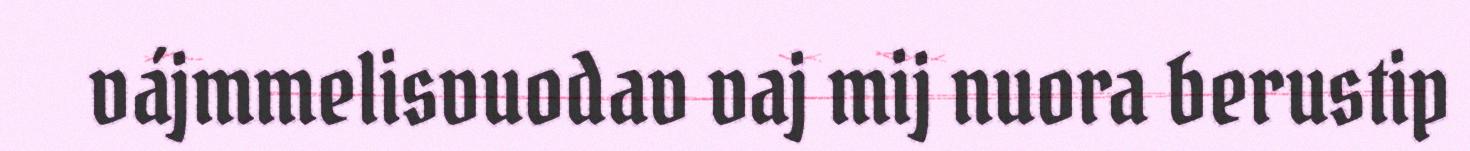
vájmmelisvuodav vaj mij nuora berustip